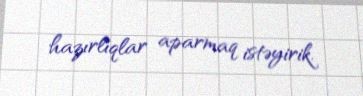
hazırlıqlar aparmaq istəyirik.